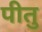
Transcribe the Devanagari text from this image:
पीतु